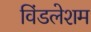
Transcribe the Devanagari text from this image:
विंडलेशम